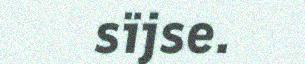
sïjse.